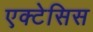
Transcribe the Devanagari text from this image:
एक्टेसिस